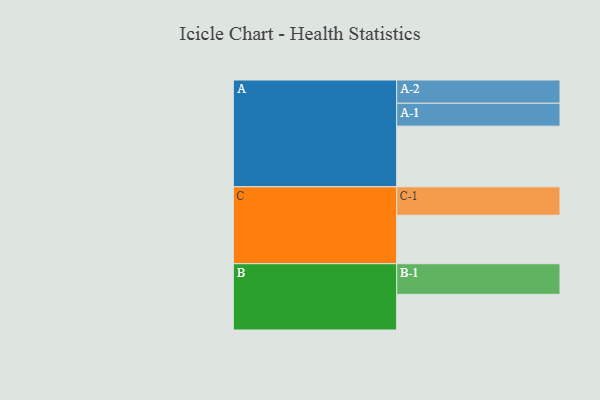
{"axis": {"x": "Segment", "y": "Value"}, "legend": ["", "A", "B", "C"], "data": [{"x": "A", "y": 582, "type": ""}, {"x": "B", "y": 342, "type": ""}, {"x": "C", "y": 465, "type": ""}, {"x": "A-1", "y": 220, "type": "A"}, {"x": "A-2", "y": 223, "type": "A"}, {"x": "B-1", "y": 294, "type": "B"}, {"x": "C-1", "y": 273, "type": "C"}]}